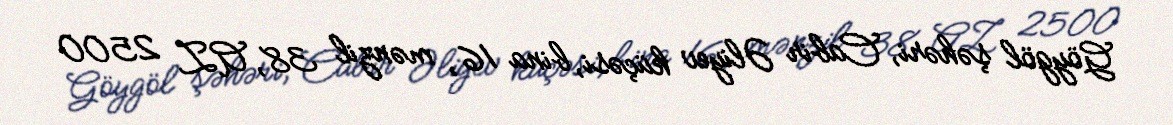
Göygöl şəhəri, Cabir Əliyev küçəsi, bina 16, mənzil 38, AZ 2500